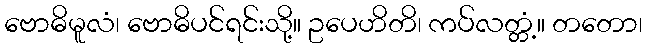
ဗောဓိမူလံ၊ ဗောဓိပင်ရင်းသို့။ ဥပေဟိတိ၊ ကပ်လတ္တံ့။ တတော၊